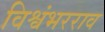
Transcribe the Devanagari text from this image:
विश्वंभरराव